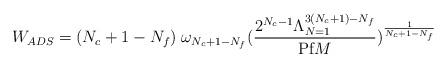
LaTeX: \begin{align*}W_{ADS} = (N_{c} + 1 - N_{f}) \; \omega_{N_{c} + 1 - N_{f}}(\frac{2^{N_{c} - 1}\Lambda_{N=1}^{3(N_{c}+1)-N_{f}}}{\mbox{Pf}M})^{\frac{1}{N_{c}+1-N_{f}}}\end{align*}